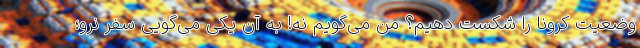
وضعیت کرونا را شکست دهیم؟ من می‌گویم نه! به آن یکی می‌گویی سفر نرو؛